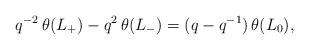
LaTeX: \begin{align*}q^{-2}\, \theta (L_+) - q^2\, \theta (L_-) = (q - q^{-1})\, \theta (L_0),\end{align*}